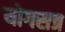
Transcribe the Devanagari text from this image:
योगसत्र